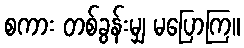
စကား တစ်ခွန်းမျှ မပြောကြ။